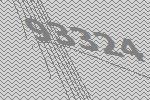
93324